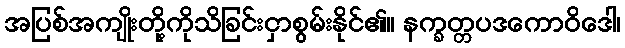
အပြစ်အကျိုးတို့ကိုသိခြင်းငှာစွမ်းနိုင်၏။ နက္ခတ္တပဒကောဝိဒေါ၊